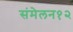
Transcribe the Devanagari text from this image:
संमेलन१२